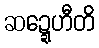
ဆဍ္ဍေဟီတိ